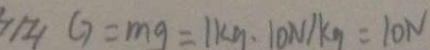
/ 2 / G = m g = 1 k y \cdot 1 0 N / k _ { 9 } = 1 0 N